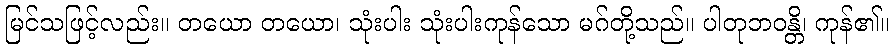
မြင်သဖြင့်လည်း။ တယော တယော၊ သုံးပါး သုံးပါးကုန်သော မဂ်တို့သည်။ ပါတုဘဝန္တိ၊ ကုန်၏။